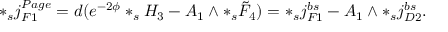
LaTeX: * _ { s } j _ { F 1 } ^ { P a g e } = d ( e ^ { - 2 \phi } * _ { s } H _ { 3 } - A _ { 1 } \wedge * _ { s } \tilde { F } _ { 4 } ) = * _ { s } j _ { F 1 } ^ { b s } - A _ { 1 } \wedge * _ { s } j _ { D 2 } ^ { b s } .